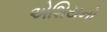
એશિયનો